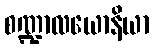
စဏ္ဍာလယောနိယာ